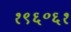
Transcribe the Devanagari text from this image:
१९६॰६१